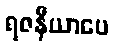
ရဇနီယာပေ